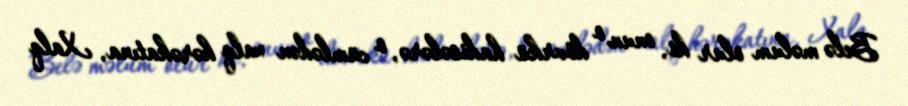
Belə məlum olur ki, onun o dövrkü hadisələrə, o cümlədən xalq hərəkatına, Xalq